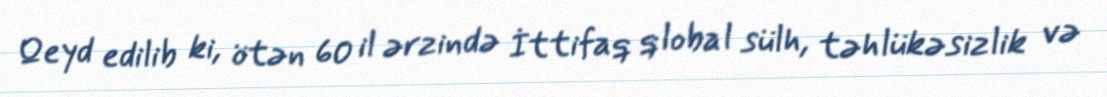
Qeyd edilib ki, ötən 60 il ərzində İttifaq qlobal sülh, təhlükəsizlik və